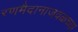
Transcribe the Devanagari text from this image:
रणमैदानाजवळच्या